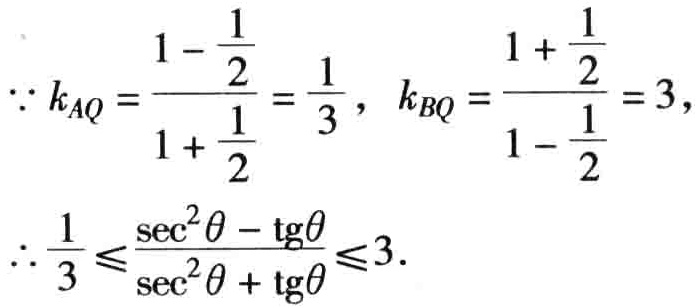
\[\because k_{AQ}=\frac{1 - \frac{1}{2}}{1 + \frac{1}{2}}=\frac{1}{3},\ k_{BQ}=\frac{1 + \frac{1}{2}}{1 - \frac{1}{2}} = 3,\\
\therefore\frac{1}{3}\leqslant\frac{\sec^{2}\theta-\tg\theta}{\sec^{2}\theta+\tg\theta}\leqslant3.\]